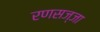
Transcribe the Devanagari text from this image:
रणसज्जा